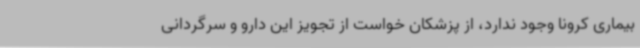
بیماری کرونا وجود ندارد، از پزشکان خواست از تجویز این دارو و سرگردانی